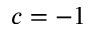
c = - 1